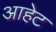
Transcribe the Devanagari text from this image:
आहेट